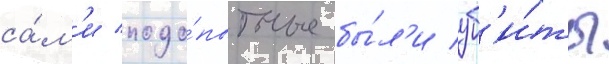
са́м'и подо́пытные бы́л'и уб'и́ты